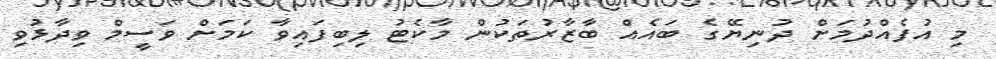
މި އުފެއްދުމަށް ދުނިޔޭގެ ބައެއް ބާޒާރުތަކުން މާކެޓު ލިބިފައިވާ ކަމަށް ވަސީމް ވިދާޅުވި